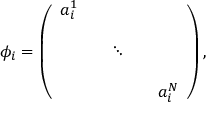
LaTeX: \phi _ { i } = \left( \begin{array} { c c c c c } { { a _ { i } ^ { 1 } } } & { { } } & { { } } & { { } } & { { } } \\ { { } } & { { } } & { { } } & { { } } & { { } } \\ { { } } & { { } } & { { \ddots } } & { { } } & { { } } \\ { { } } & { { } } & { { } } & { { } } & { { } } \\ { { } } & { { } } & { { } } & { { } } & { { a _ { i } ^ { N } } } \end{array} \right) ,